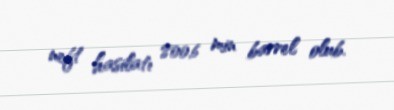
neft hasilatı 800,6 min barrel olub.